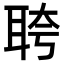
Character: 𬚗